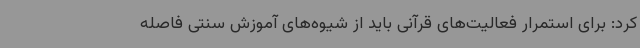
کرد: برای استمرار فعالیت‌های قرآنی باید از شیوه‌های آموزش سنتی فاصله